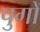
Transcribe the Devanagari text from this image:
पुगों